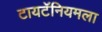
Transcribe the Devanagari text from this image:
टायटॅनियमला